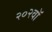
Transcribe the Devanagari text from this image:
२०२वॉ